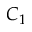
C _ { 1 }